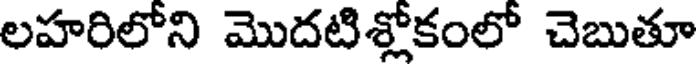
లహరిలోని మొదటిశ్లోకంలో చెబుతూ